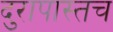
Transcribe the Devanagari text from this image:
दुरापास्तच